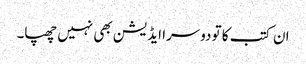
ان کتب کا تو دوسرا ایڈیشن بھی نہیں چھپا۔